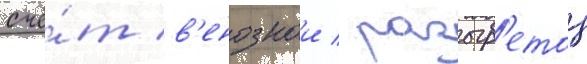
счё́т в'енознои / разогр'етои